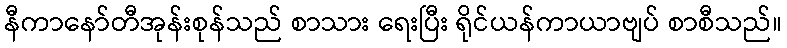
နီကာနော်တီအုန်းစုန်သည် စာသား ရေးပြီး ရိုင်ယန်ကာယာဗျပ် စာစီသည်။